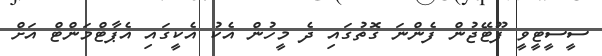
ސީސީޓީވީ ފޫޓޭޖުން ފެންނަ ގޮތުގައި ދެ މީހުން އެކު އެކީގައި އެޕާޓްމަންޓް އަށް